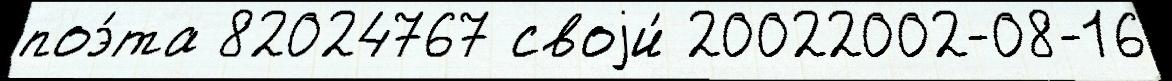
поэ́та 82024767 своjи́ 20022002-08-16